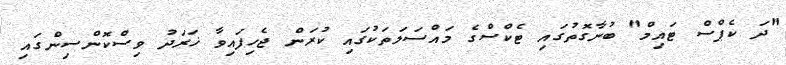
"ދަ ކެޕްސް ޓައިމް" ބުނާގޮތުގައި ޓެކްސްގެ މައްސަލަތަކުގައި ކުރަން ޖެހިފައިވާ ޚަރަދު ވިސްކޮންސިންގައި